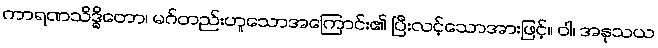
ကာရဏသိဒ္ဓိတော၊ မဂ်တည်းဟူသောအကြောင်း၏ ပြီးလင့်သောအားဖြင့်။ ဝါ၊ အနုသယ